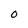
Character: O